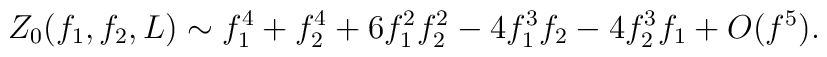
Z_0(f_1,f_2,L) \sim f_1^4 + f_2^4 + 6f_1^2 f_2^2  - 4f_1^3 f_2 -4f_2^3 f_1 + O(f^5).